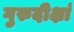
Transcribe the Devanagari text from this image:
गुरुदीक्षां